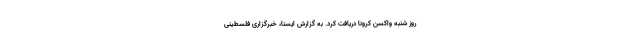
روز شنبه واکسن کرونا دریافت کرد. به گزارش ایسنا، خبرگزاری فلسطینی